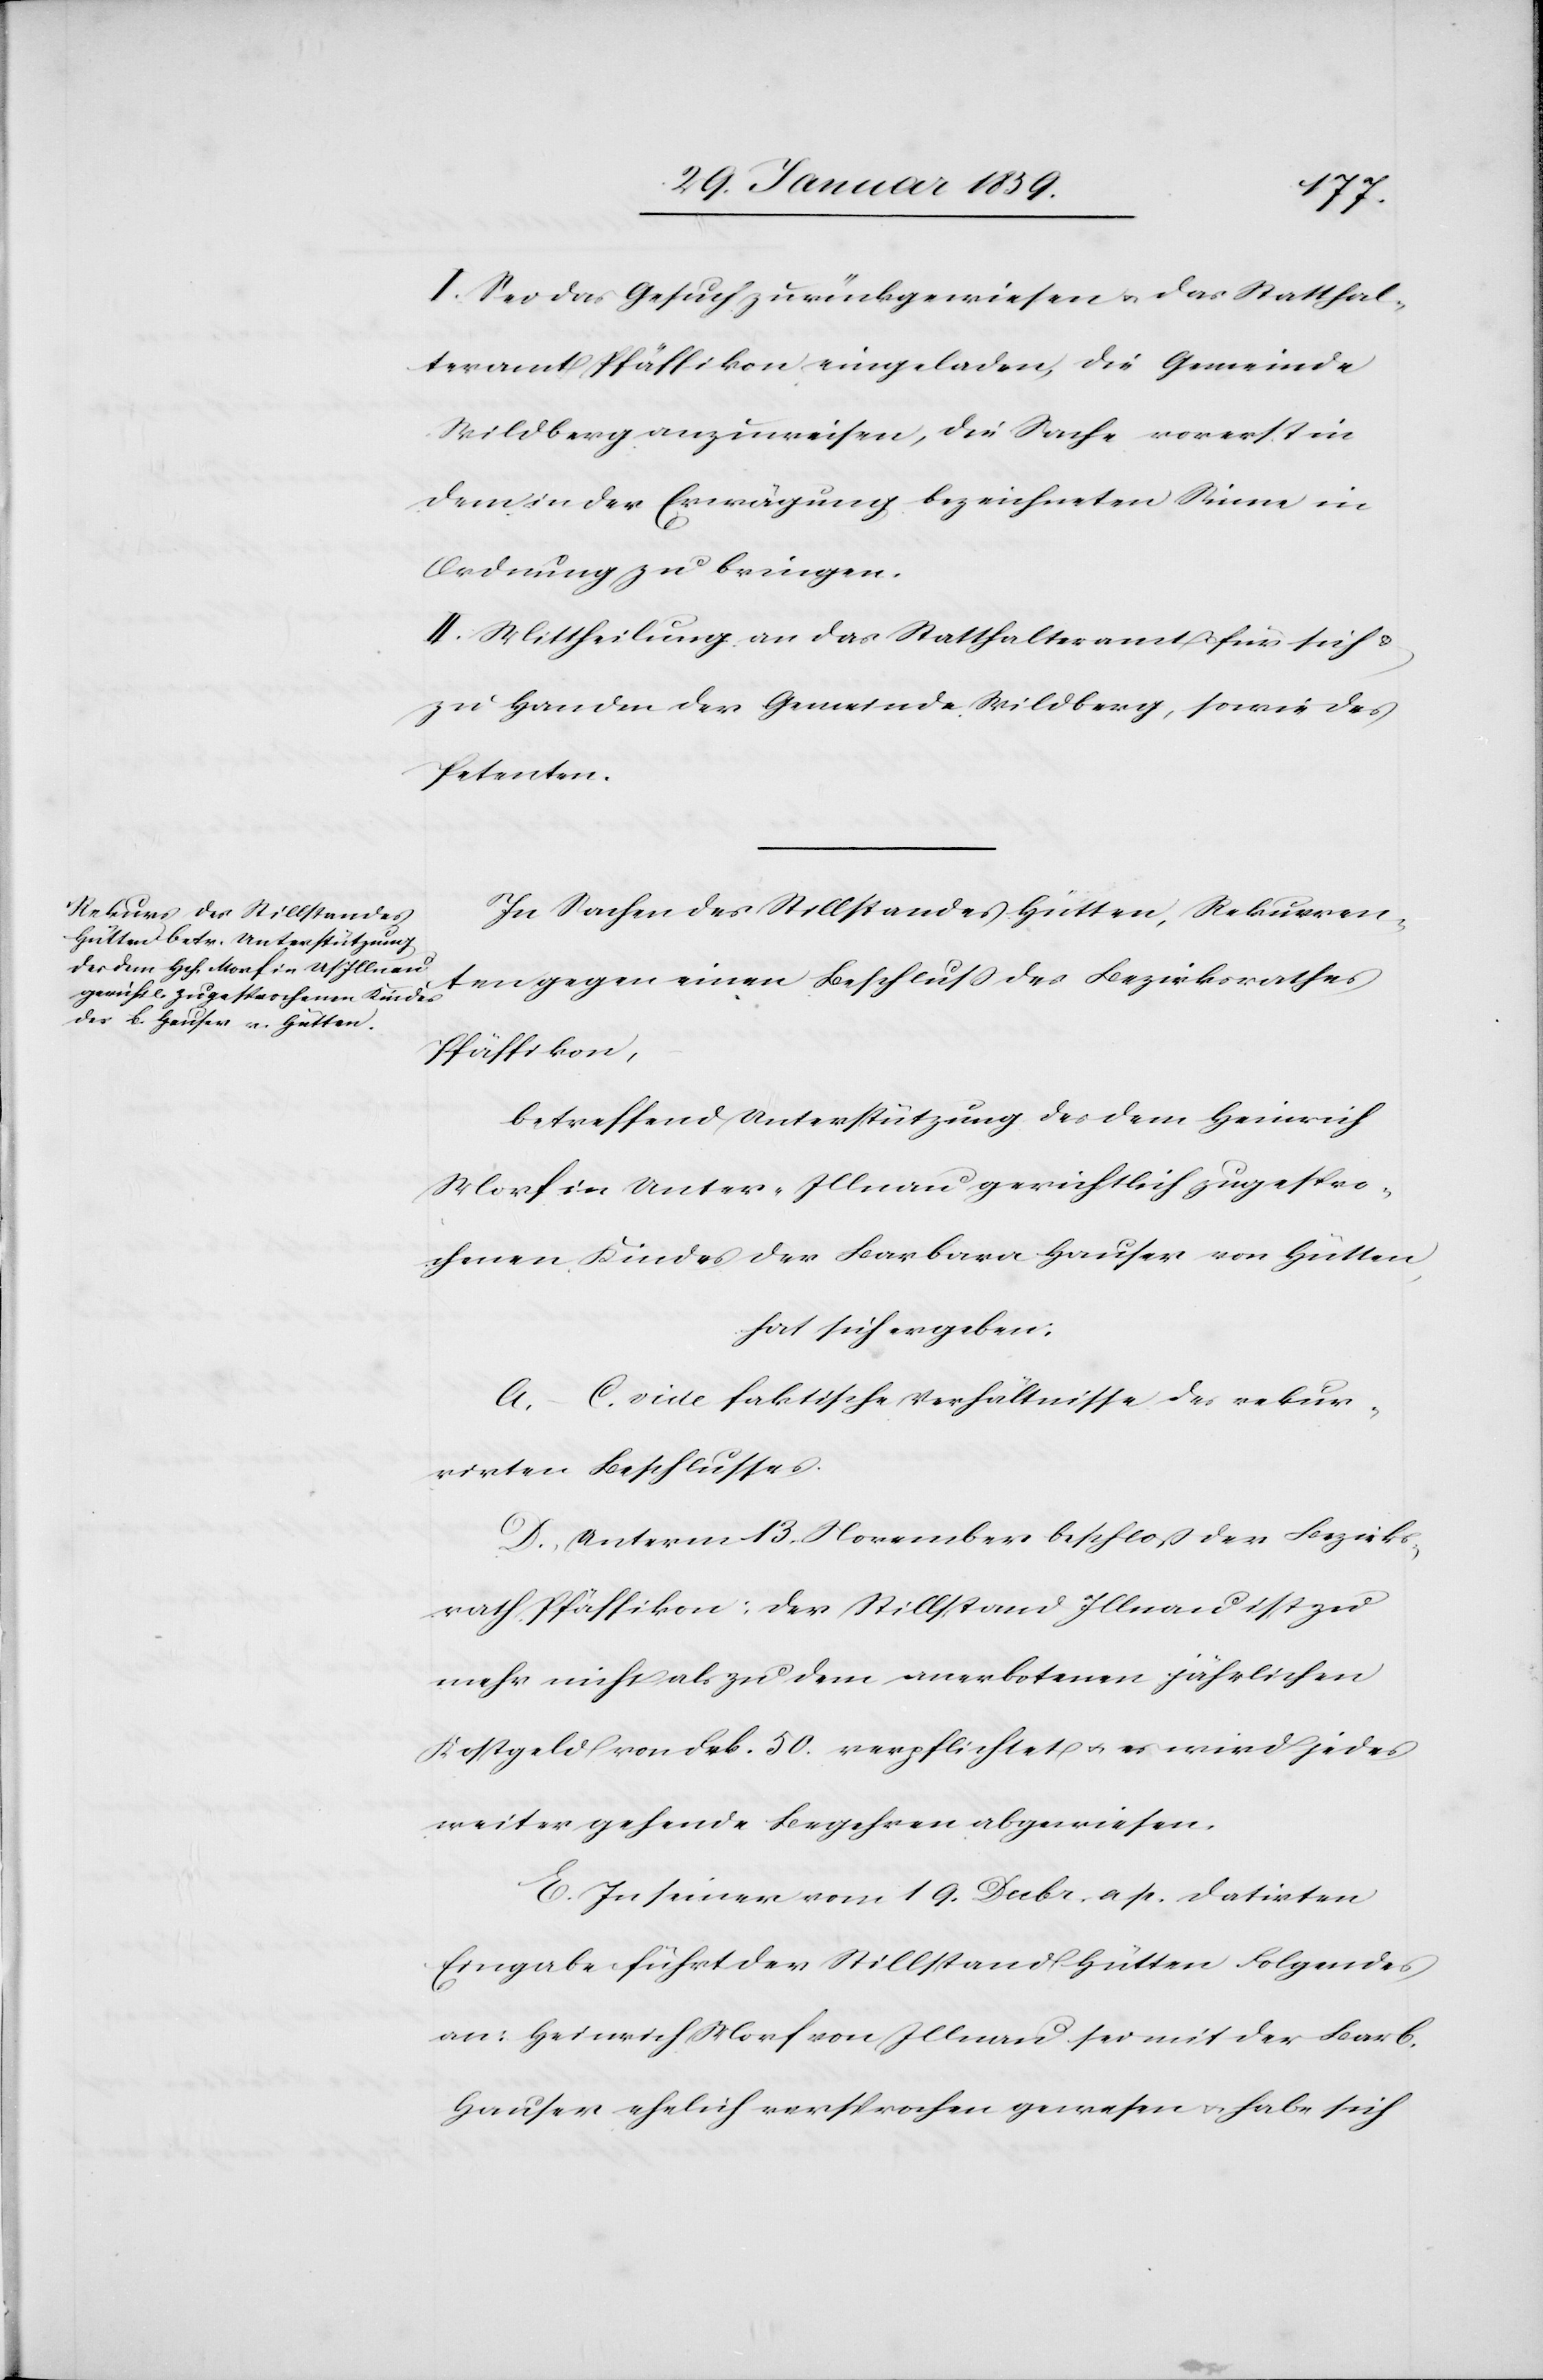
I Sei das Gesuch zurückgewiesen u. das Statthal¬
teramt Pfäffikon eingeladen, die Gemeinde
Wildberg anzuweisen, die Sache vorerst in
dem in der Erwägung bezeichneten Sinne in
Ordnung zu bringen.
II. Mittheilung an das Statthalteramt für sich u.
zu Handen der Gemeinde Wildberg, sowie des
Petenten.
In Sachen des Stillstandes Hütten, Rekurren¬
ten gegen einen Beschluß des Bezirksrathes
Pfäffikon,
betreffend Unterstützung des dem Heinrich
Morf in Unter-Illnau gerichtlich zugespro¬
chenen Kindes der Barbara Hauser von Hütten,
hat sich ergeben:
A.–C. vide faktische Verhältnisse des rekur¬
rirten Beschlusses.
D. Unterm 13. November beschloß der Bezirks¬
rath Pfäffikon: der Stillstand Illnau ist zu
mehr nicht als zu dem anerbotenen jährlichen
Kostgeld von Frk. 50. verpflichtet u. es wird jedes
weiter gehende Begehren abgewiesen.
E. In seiner vom 19. Decbr. a. p. datirten
Eingabe führt der Stillstand Hütten Folgendes
an: Heinrich Morf von Illnau sei mit der Barb.
Hauser ehelich versprochen gewesen u. habe sich